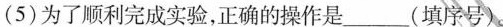
(5)为了顺利完成实验，正确的操作是___(填序号)。